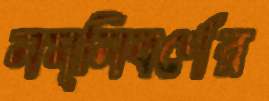
নম্নিবর্ণের